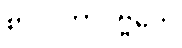
စာလိကာပဗ္ဗတေ